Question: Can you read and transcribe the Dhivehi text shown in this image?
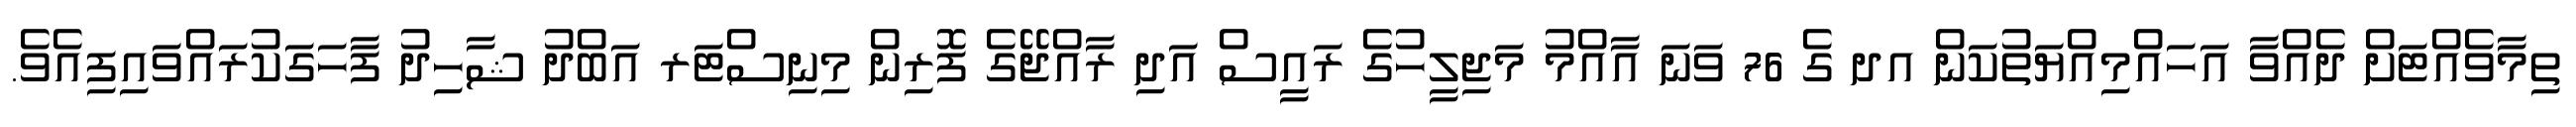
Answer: ތިމާވެއްޓަށް ދެއްވާ އަހައްމިއްޔަތުކަން އދ ގެ 76 ވަނަ އާއްމު މަޖިލީހުގެ ރައީސް އަދި ރާއްޖޭގެ ފޮރިން މިނިސްޓަރ އަބްދު ޝާހިދު ފާހަގަކުރައްވައިފިއެވެ.